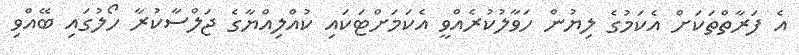
އެ ފަރާތްތަކަށް އެކަމުގެ ލިޔުން ހަވާލުކުރެއްވީ އެކަމަށްޓަކައި ކުއްލިއްޔާގެ ޖަލްސާކުރާ ހޯލުގައި ބޭއްވި